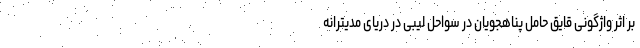
بر اثر واژگونی قایق حامل پناهجویان در سواحل لیبی در دریای مدیترانه